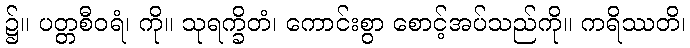
၌။ ပတ္တစီဝရံ၊ ကို။ သုရက္ခိတံ၊ ကောင်းစွာ စောင့်အပ်သည်ကို။ ကရိဿတိ၊